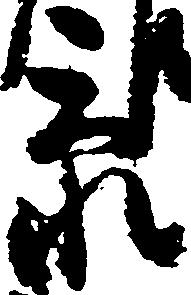
忝